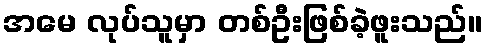
အမေ လုပ်သူမှာ တစ်ဦးဖြစ်ခဲ့ဖူးသည်။